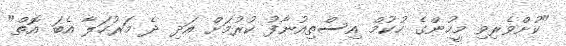
"ކުށްވެރިވި މީހުންގެ ހުކުމް އިސްތިއުނާފު ކުރުމަށް އަދި ދެ މަރުހަލާ އެބަ އޮތް"